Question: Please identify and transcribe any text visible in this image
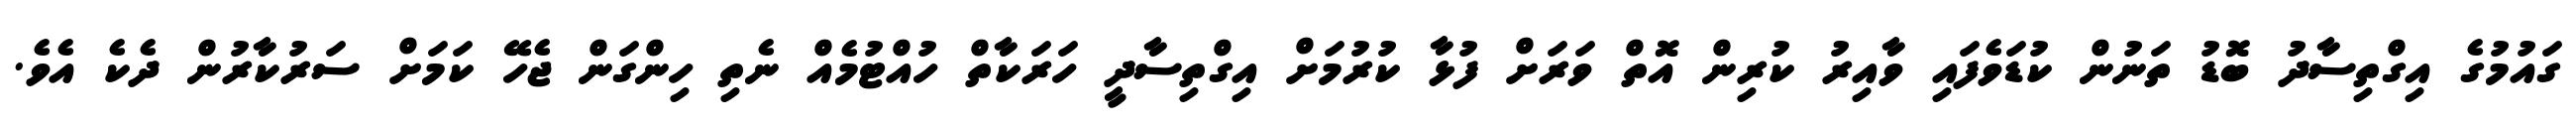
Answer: ގައުމުގެ އިގްތިސާދު ބޮޑު ތަނުން ކުޑަވެފައި ވާއިރު ކުރިން އޮތް ވަރަށް ފުޅާ ކުރުމަށް އިގްތިސާދީ ހަރަކާތް ހުއްޓުމެއް ނެތި ހިންގަން ޖެހޭ ކަމަށް ސަރުކާރުން ދެކެ އެވެ.